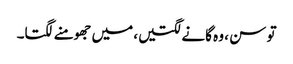
تو سن ، وہ گانے لگتیں، میں جھومنے لگتا۔